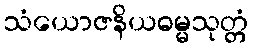
သံယောဇနိယဓမ္မသုတ္တံ